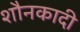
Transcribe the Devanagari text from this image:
शौनकादी